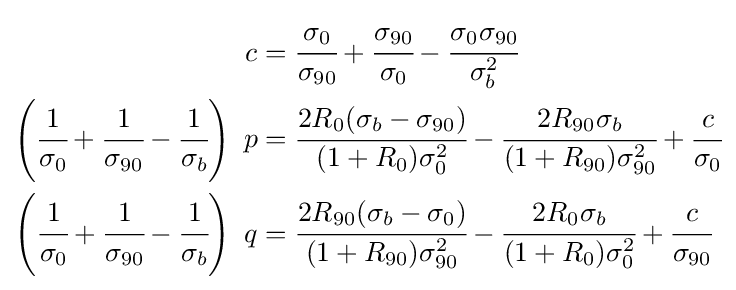
{\begin{aligned}c&={\cfrac {\sigma _{0}}{\sigma _{90}}}+{\cfrac {\sigma _{90}}{\sigma _{0}}}-{\cfrac {\sigma _{0}\sigma _{90}}{\sigma _{b}^{2}}}\\\left({\cfrac {1}{\sigma _{0}}}+{\cfrac {1}{\sigma _{90}}}-{\cfrac {1}{\sigma _{b}}}\right)~p&={\cfrac {2R_{0}(\sigma _{b}-\sigma _{90})}{(1+R_{0})\sigma _{0}^{2}}}-{\cfrac {2R_{90}\sigma _{b}}{(1+R_{90})\sigma _{90}^{2}}}+{\cfrac {c}{\sigma _{0}}}\\\left({\cfrac {1}{\sigma _{0}}}+{\cfrac {1}{\sigma _{90}}}-{\cfrac {1}{\sigma _{b}}}\right)~q&={\cfrac {2R_{90}(\sigma _{b}-\sigma _{0})}{(1+R_{90})\sigma _{90}^{2}}}-{\cfrac {2R_{0}\sigma _{b}}{(1+R_{0})\sigma _{0}^{2}}}+{\cfrac {c}{\sigma _{90}}}\end{aligned}}